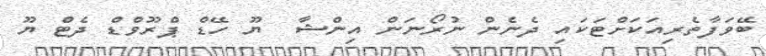
ބޭވަފާތެރިއަކަށްޓަކައި ދެނެެން ނުރޯނަން އިންޝާ  ޔޫ ހޭޑް ޕްރޫވްޑް ދެޓް ޔޫ